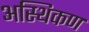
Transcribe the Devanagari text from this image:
अस्थिकण